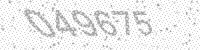
Solution: 049675